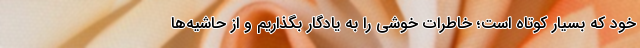
خود که بسیار کوتاه است؛ خاطرات خوشی را به یادگار بگذاریم و از حاشیه‌ها